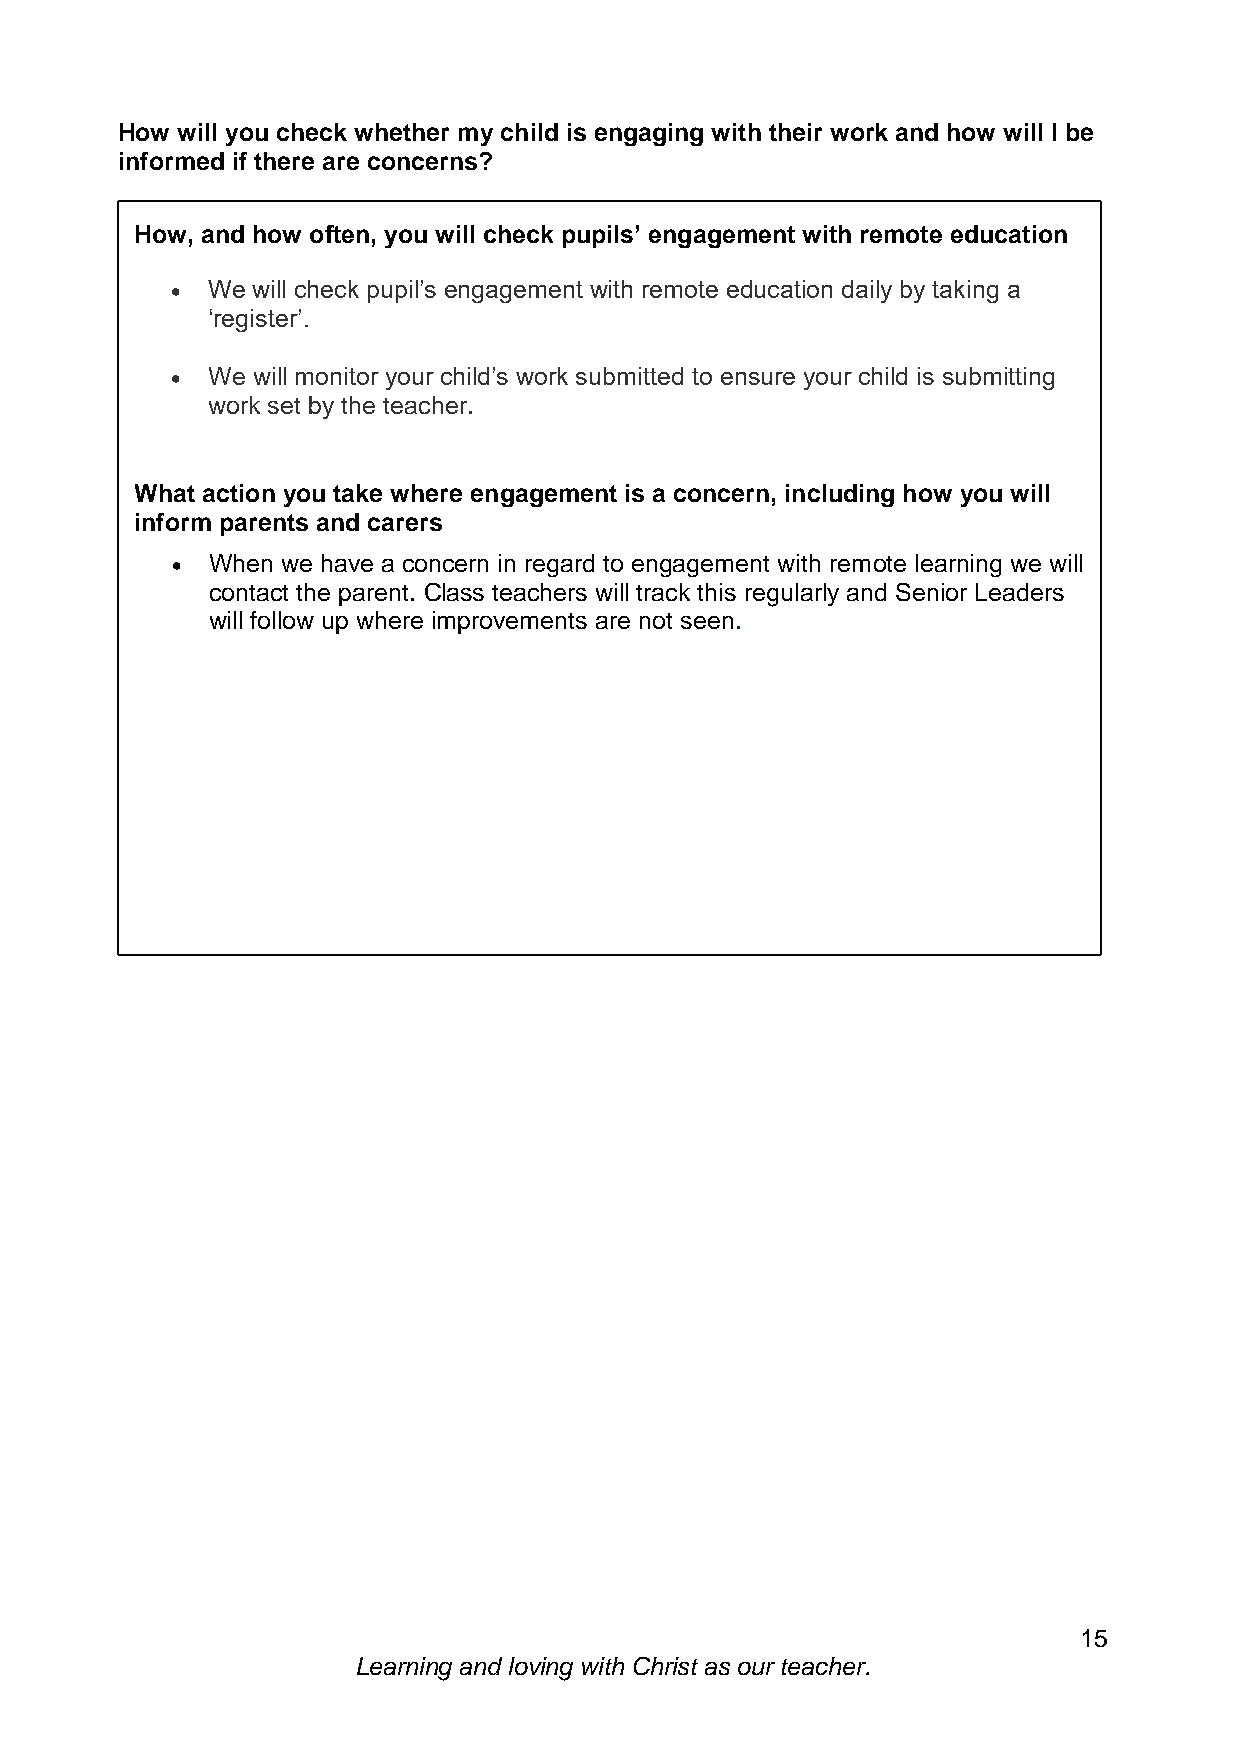
How will you check whether my child is engaging with their work and how will I be
 informed if there are concerns?
 How, and how often, you will check pupils’ engagement with remote education
   We will check pupil’s engagement with remote education daily by taking a
 ‘register’.
   We will monitor your child’s work submitted to ensure your child is submitting
 work set by the teacher.
 What action you take where engagement is a concern, including how you will
 inform parents and carers
   When we have a concern in regard to engagement with remote learning we will
 contact the parent. Class teachers will track this regularly and Senior Leaders
 will follow up where improvements are not seen.
 15
 Learning and loving with Christ as our teacher.